DOW-UAP-D48, Department of the Air Force Report, 1996
Agency: Department of War
Incident date: 9/10/96
Page 53
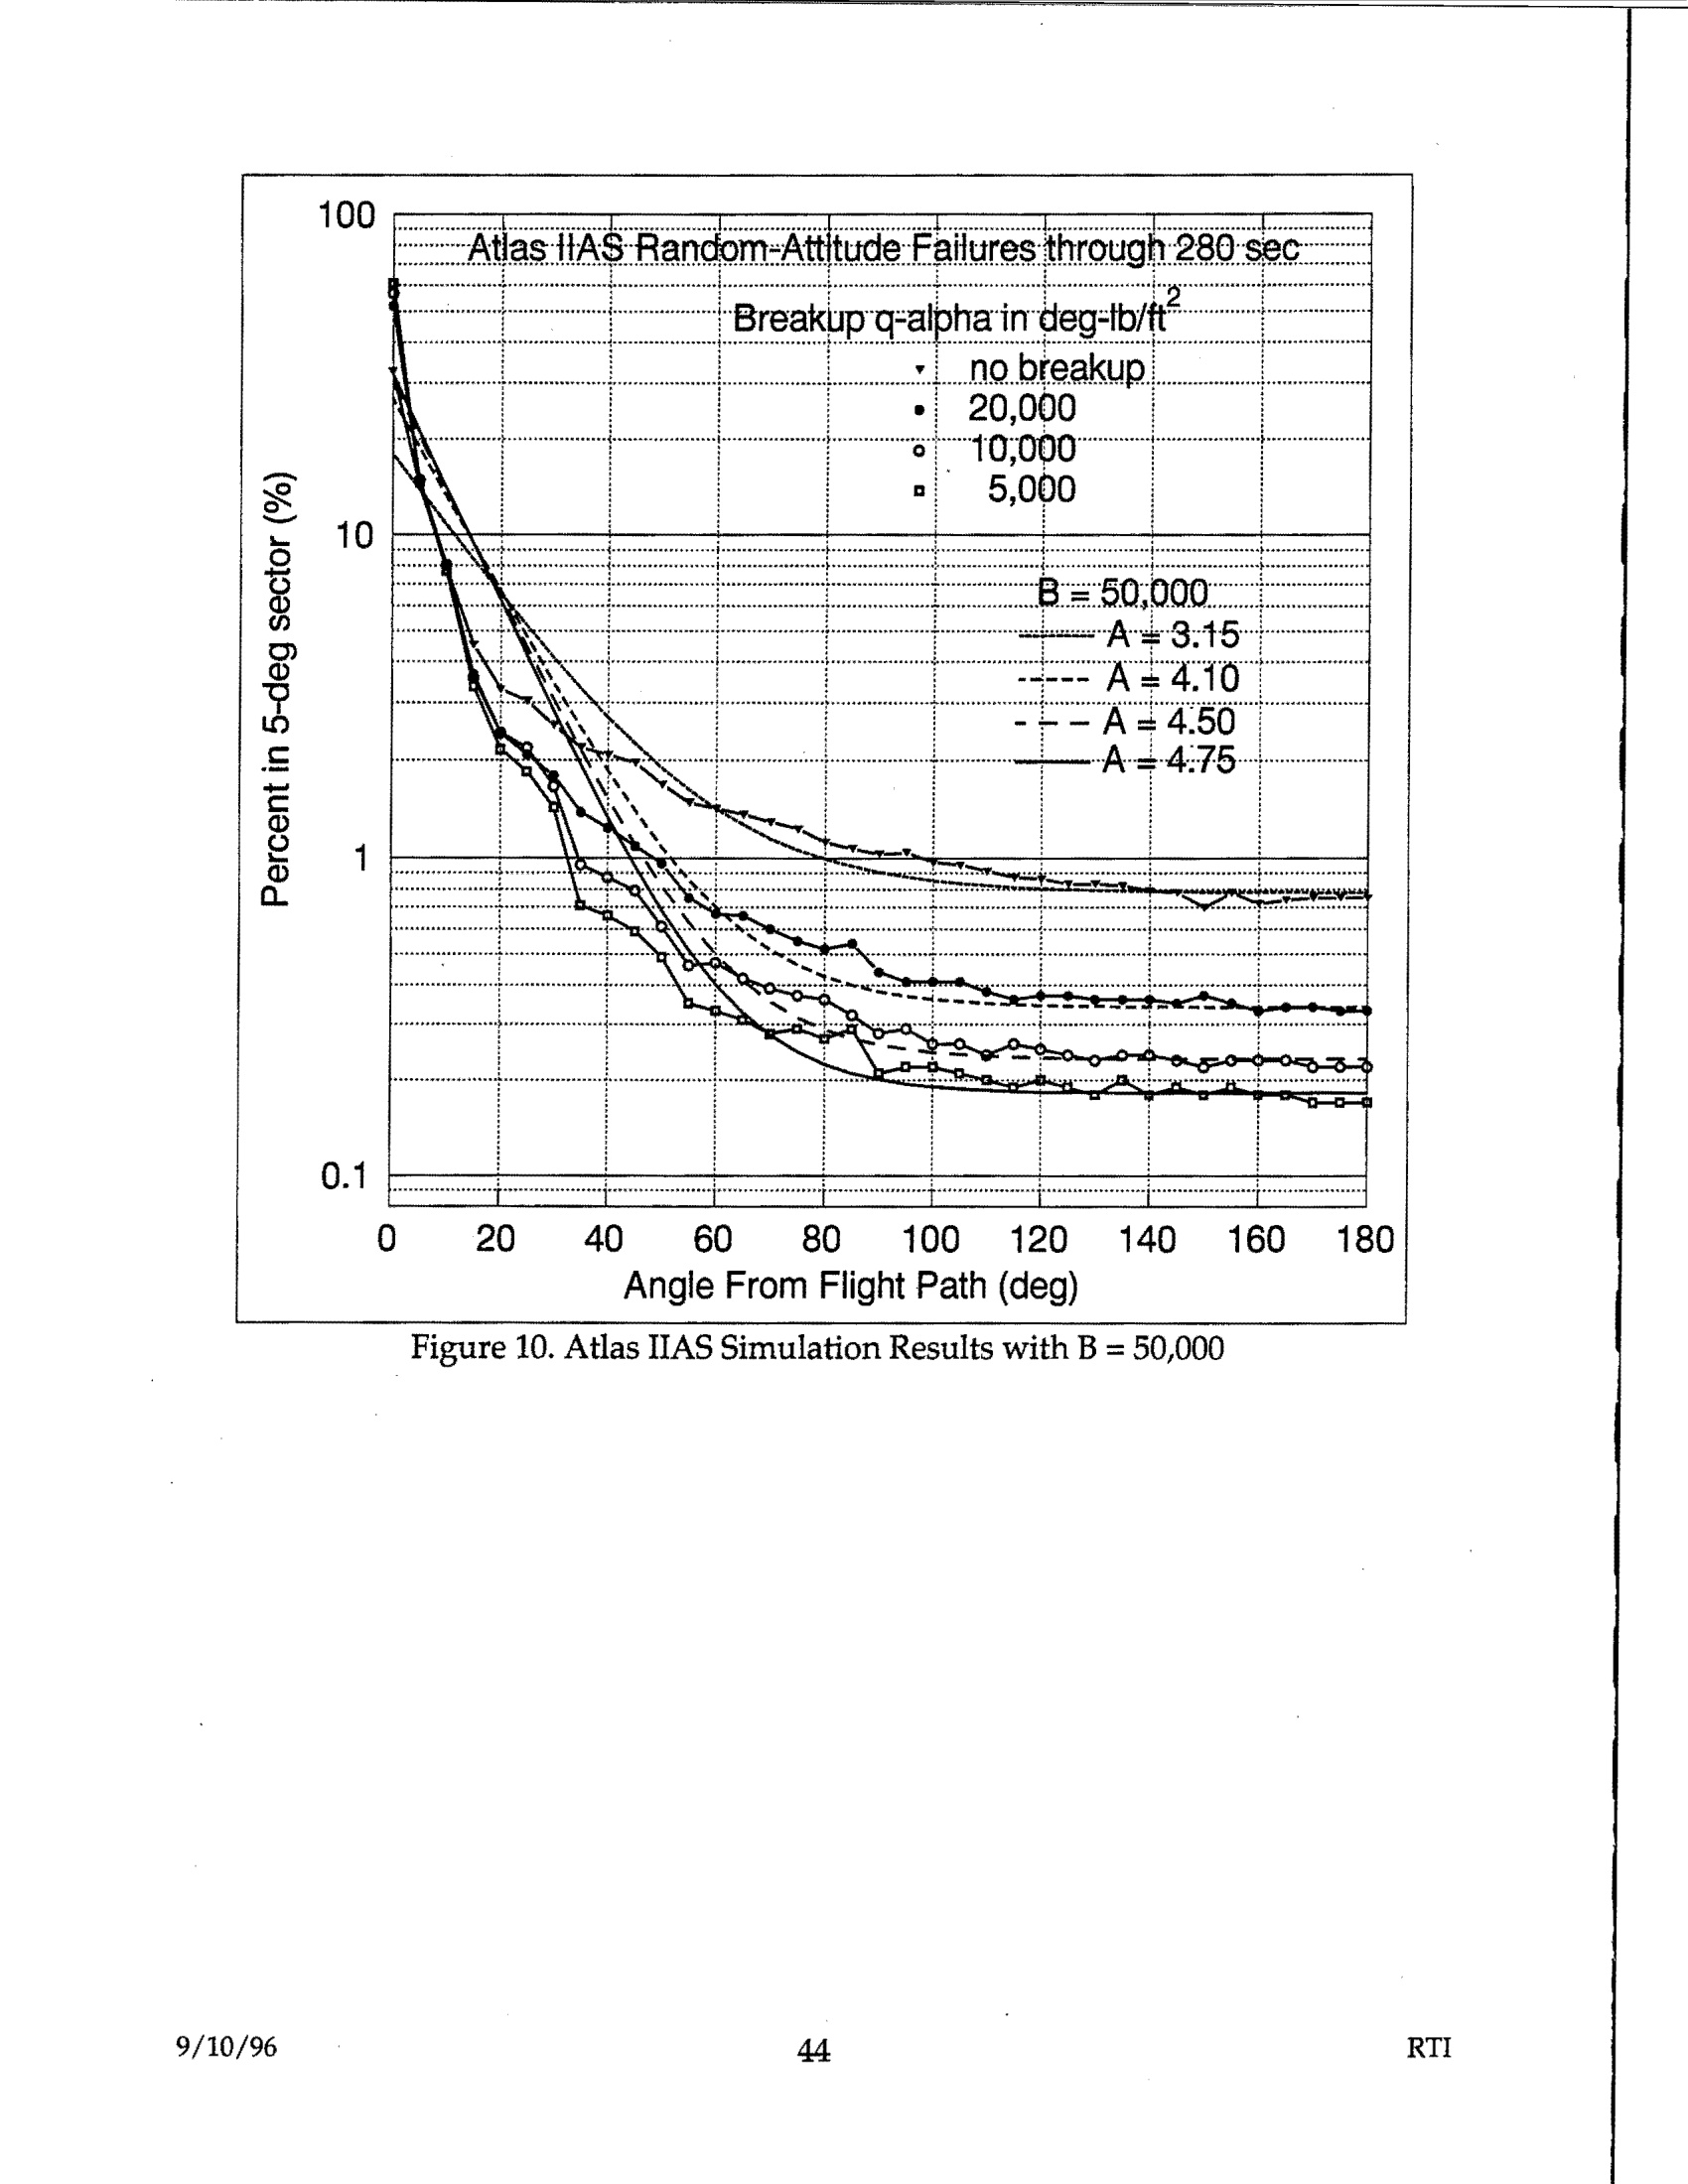